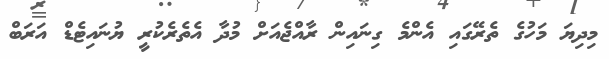
މިދިޔަ މަހުގެ ތެރޭގައި އެންމެ ގިނައިން ރާއްޖެއަށް މުދާ އެތެރެކުރީ ޔުނައިޓެޑް އަރަބް